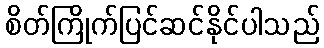
စိတ်ကြိုက်ပြင်ဆင်နိုင်ပါသည်